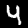
Digit: 4